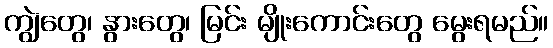
ကျွဲတွေ၊ နွားတွေ၊ မြင်း မျိုးကောင်းတွေ မွေးရမည်။